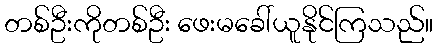
တစ်ဦးကိုတစ်ဦး ဖေးမခေါ်ယူနိုင်ကြသည်။